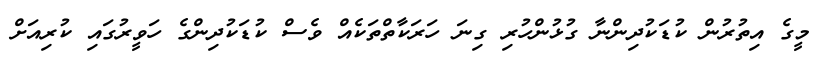
މީގެ އިތުރުން ކުޑަކުދިންނާ ގުޅުންހުރި ގިނަ ހަރަކާތްތަކެއް ވެސް ކުޑަކުދިންގެ ހަވީރުގައި ކުރިއަށް